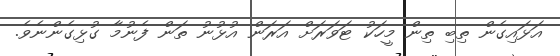
އަޅައިގެން ތިބި ތިން މީހަކު ޓަވަރަށް އަރަން އުޅުނު ތަން ފެނުމާ ގުޅިގެންނެވެ.